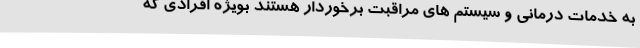
به خدمات درمانی و سیستم های مراقبت برخوردار هستند بویژه افرادی که